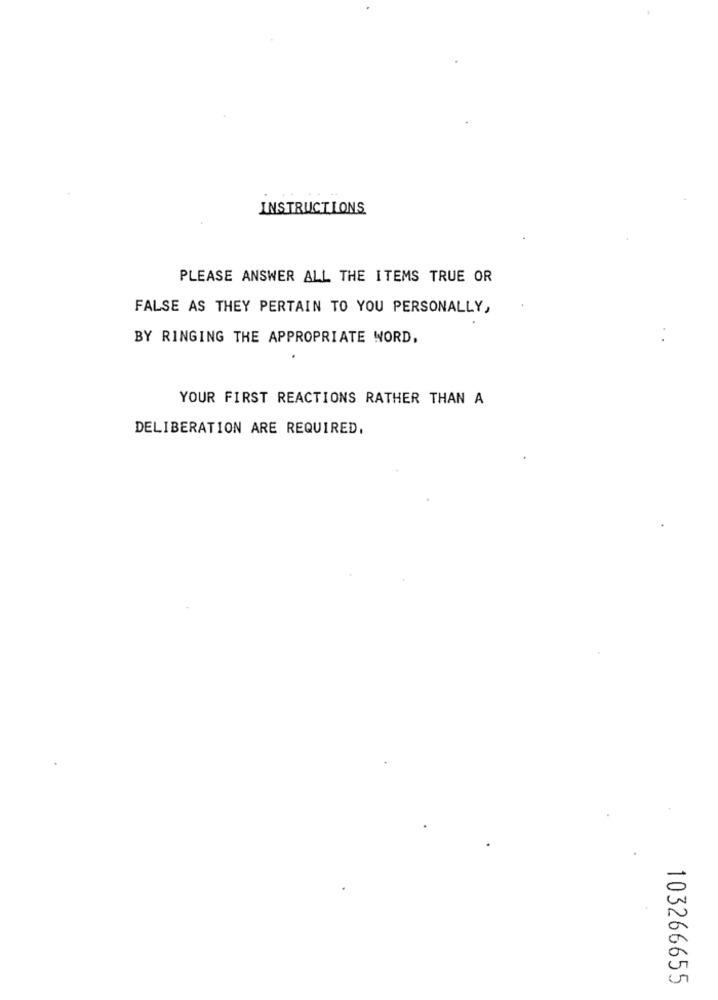
INSTRUCTIONS
PLEASE ANSWER ALL THE ITEMS TRUE OR
FALSE AS THEY PERTAIN TO YOU PERSONALLY,
BY RINGING THE APPROPRIATE WORD,
YOUR FIRST REACTIONS RATHER THAN A
DELIBERATION ARE REQUIRED.
103266655